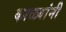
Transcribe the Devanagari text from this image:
काळ्यांनी